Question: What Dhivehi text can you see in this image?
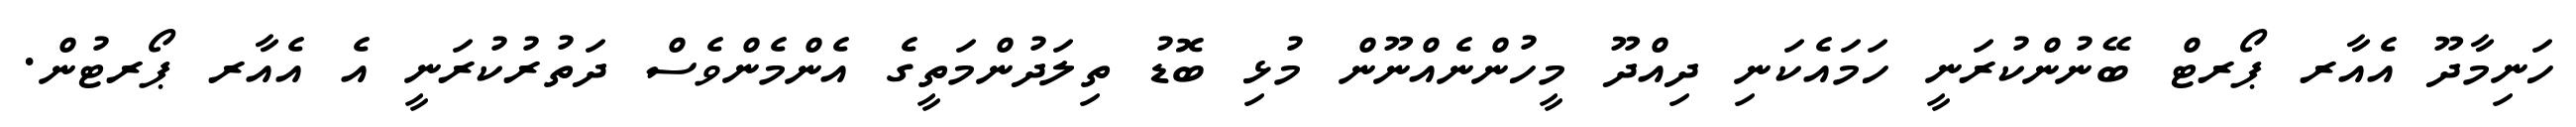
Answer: ހަނިމާދޫ އެއާރ ޕޯރޓް ބޭނުންކުރަނީ ހަމައެކަނި ދިއްދޫ މީހުންނެއްނޫން މުޅި ބޮޑު ތިލަދުންމަތީގެ އެންމެންވެސް ދަތުރުކުރަނީ އެ އެއާރ ޕޯރޓުން.